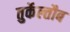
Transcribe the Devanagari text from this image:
तुर्केल्तौब